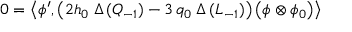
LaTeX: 0 = \left\langle \phi ^ { \prime } , \left( 2 h _ { 0 } \; \Delta \, ( Q _ { - 1 } ) - 3 \, q _ { 0 } \; \Delta \, ( L _ { - 1 } ) \right) \left( \phi \otimes \phi _ { 0 } \right) \right\rangle